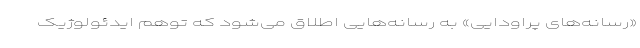
«رسانه‌های پراودایی» به رسانه‌هایی اطلاق می‌شود كه توهم ایدئولوژیک